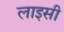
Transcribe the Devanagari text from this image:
लाइसी